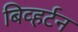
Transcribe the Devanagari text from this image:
बिव्हर्टन